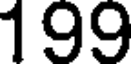
199